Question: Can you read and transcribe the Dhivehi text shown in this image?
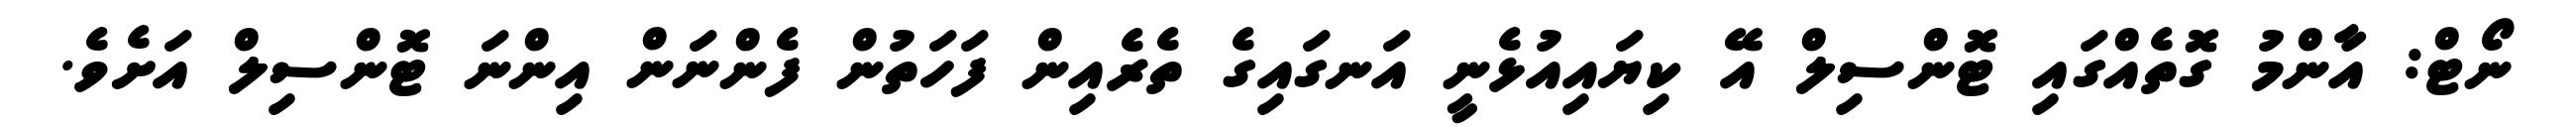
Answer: ނޯޓް: އާންމު ގޮތެއްގައި ޓޮންސިލް އޭ ކިޔައިއުޅެނީ އަނގައިގެ ތެރެއިން ފަހަތުން ފެންނަން އިންނަ ޓޮންސިލް އަށެވެ.